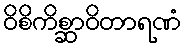
ဝိစိကိစ္ဆာဝိတာရဏံ